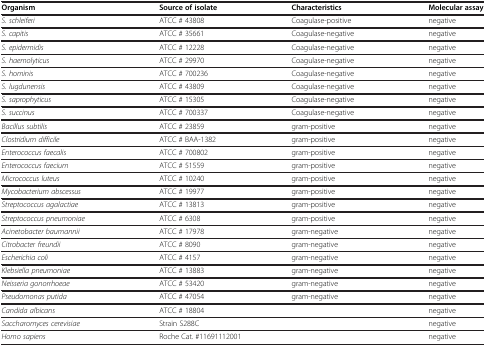
| Organism | Source of isolate | Characteristics | Molecular assay |
 | --- | --- | --- | --- |
 | S. schleiferi | ATCC # 43808 | Coagulase-positive | negative |
 | S. capitis | ATCC # 35661 | Coagulase-negative | negative |
 | S. epidermidis | ATCC # 12228 | Coagulase-negative | negative |
 | S. haemolyticus | ATCC # 29970 | Coagulase-negative | negative |
 | S. hominis | ATCC # 700236 | Coagulase-negative | negative |
 | S. lugdunensis | ATCC # 43809 | Coagulase-negative | negative |
 | S. saprophyticus | ATCC # 15305 | Coagulase-negative | negative |
 | S. succinus | ATCC # 700337 | Coagulase-negative | negative |
 | Bacillus subtilis | ATCC # 23859 | gram-positive | negative |
 | Clostridium difficile | ATCC # BAA-1382 | gram-positive | negative |
 | Enterococcus faecalis | ATCC # 700802 | gram-positive | negative |
 | Enterococcus faecium | ATCC # 51559 | gram-positive | negative |
 | Micrococcus luteus | ATCC # 10240 | gram-positive | negative |
 | Mycobacterium abscessus | ATCC # 19977 | gram-positive | negative |
 | Streptococcus agalactiae | ATCC # 13813 | gram-positive | negative |
 | Streptococcus pneumoniae | ATCC # 6308 | gram-positive | negative |
 | Acinetobacter baumannii | ATCC # 17978 | gram-negative | negative |
 | Citrobacter freundii | ATCC # 8090 | gram-negative | negative |
 | Escherichia coli | ATCC # 4157 | gram-negative | negative |
 | Klebsiella pneumoniae | ATCC # 13883 | gram-negative | negative |
 | Neisseria gonorrhoeae | ATCC # 53420 | gram-negative | negative |
 | Pseudomonas putida | ATCC # 47054 | gram-negative | negative |
 | Candida albicans | ATCC # 18804 |  | negative |
 | Saccharomyces cerevisiae | Strain S288C |  | negative |
 | Homo sapiens | <COLSPAN=2> Roche Cat. #11691112001 | negative |